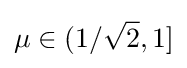
\mu \in (1/{\sqrt {2}},1]